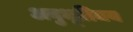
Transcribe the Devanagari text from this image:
अनुभूतिमय